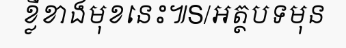
ខ្លីខាងមុខនេះ៕S/អត្ថបទមុន